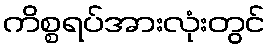
ကိစ္စရပ်အားလုံးတွင်